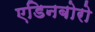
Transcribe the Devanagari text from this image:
एडिनबोरो